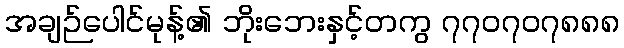
အချဉ်ပေါင်မုန့်၏ ဘိုးဘေးနှင့်တကွ ၇၇၀၇၀၇၈၈၈